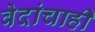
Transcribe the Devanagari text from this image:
वेदांचाही